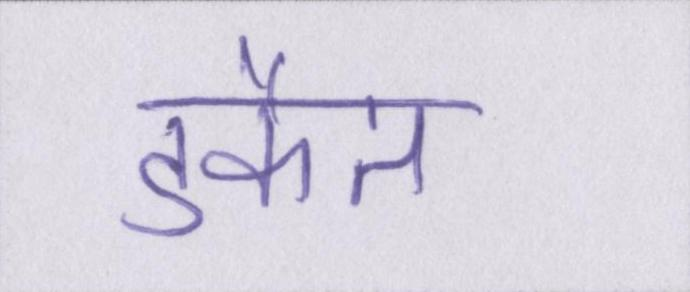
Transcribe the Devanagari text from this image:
डकैत